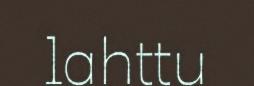
lahttu